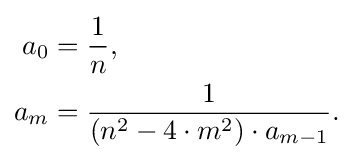
{\begin{aligned}a_{0}&={\frac {1}{n}},\\a_{m}&={\frac {1}{(n^{2}-4\cdot m^{2})\cdot a_{m-1}}}.\end{aligned}}